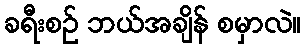
ခရီးစဉ် ဘယ်အချိန် စမှာလဲ။